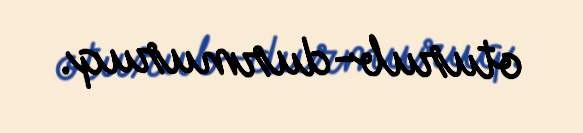
oturub-durmuruq.